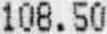
108.50